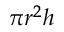
\pi r ^ { 2 } h